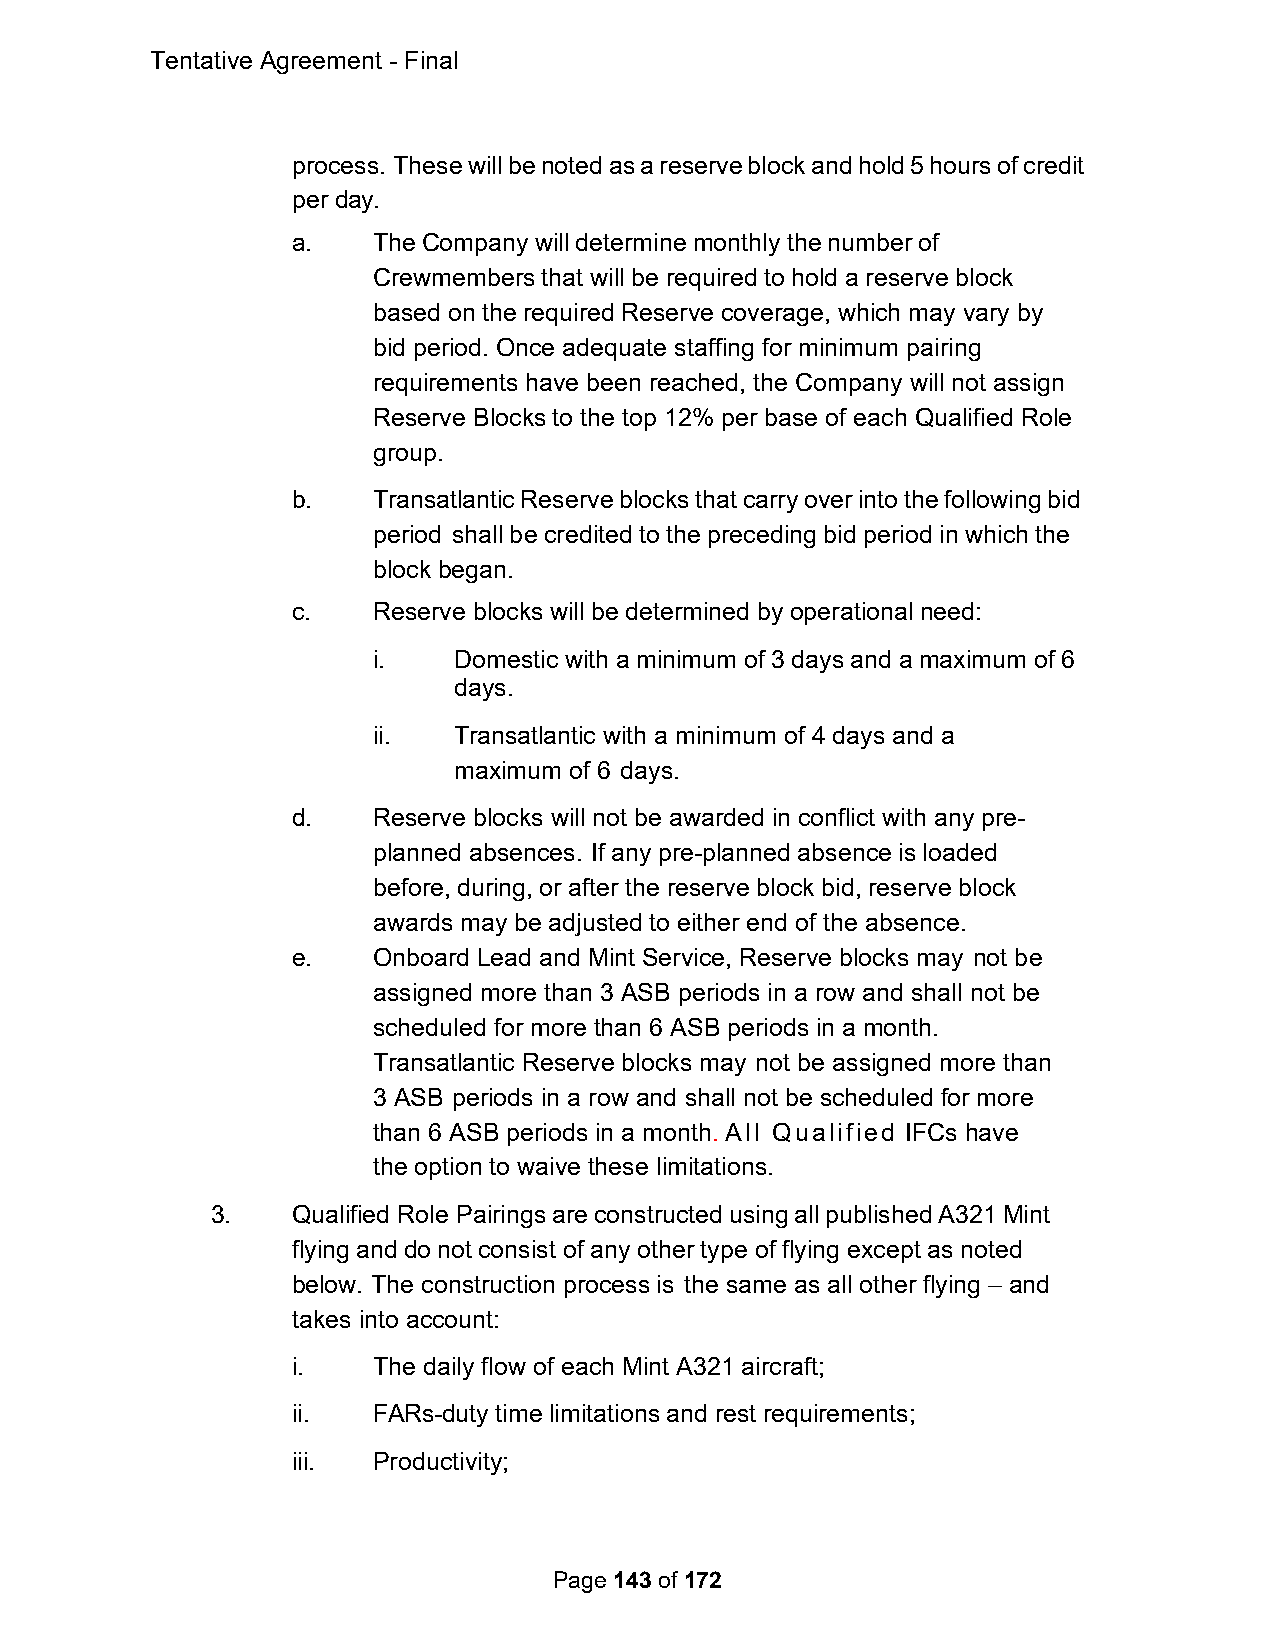
Tentative Agreement - Final
 process. These will be noted as a reserve block and hold 5 hours of credit
 per day.
 a.    The Company will determine monthly the number of
 Crewmembers that will be required to hold a reserve block
 based on the required Reserve coverage, which may vary by
 bid period. Once adequate staffing for minimum pairing
 requirements have been reached, the Company will not assign
 Reserve Blocks to the top 12% per base of each Qualified Role
 group.
 b.    Transatlantic Reserve blocks that carry over into the following bid
 period shall be credited to the preceding bid period in which the
 block began.
 c.    Reserve blocks will be determined by operational need:
 i.   Domestic with a minimum of 3 days and a maximum of 6
 days.
 ii.  Transatlantic with a minimum of 4 days and a
 maximum of 6 days.
 d.    Reserve blocks will not be awarded in conflict with any pre-
 planned absences. If any pre-planned absence is loaded
 before, during, or after the reserve block bid, reserve block
 awards may be adjusted to either end of the absence.
 e.    Onboard Lead and Mint Service, Reserve blocks may not be
 assigned more than 3 ASB periods in a row and shall not be
 scheduled for more than 6 ASB periods in a month.
 Transatlantic Reserve blocks may not be assigned more than
 3 ASB periods in a row and shall not be scheduled for more
 than 6 ASB periods in a month. All Qualified IFCs have
 the option to waive these limitations.
 3.   Qualified Role Pairings are constructed using all published A321 Mint
 flying and do not consist of any other type of flying except as noted
 below. The construction process is the same as all other flying – and
 takes into account:
 i.    The daily flow of each Mint A321 aircraft;
 ii.   FARs-duty time limitations and rest requirements;
 iii.  Productivity;
 Page 143 of 172